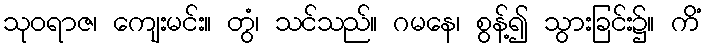
သုဝရာဇ၊ ကျေးမင်း။ တွံ၊ သင်သည်။ ဂမနေ၊ စွန့်၍ သွားခြင်း၌။ ကိံ